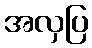
အလှပြ